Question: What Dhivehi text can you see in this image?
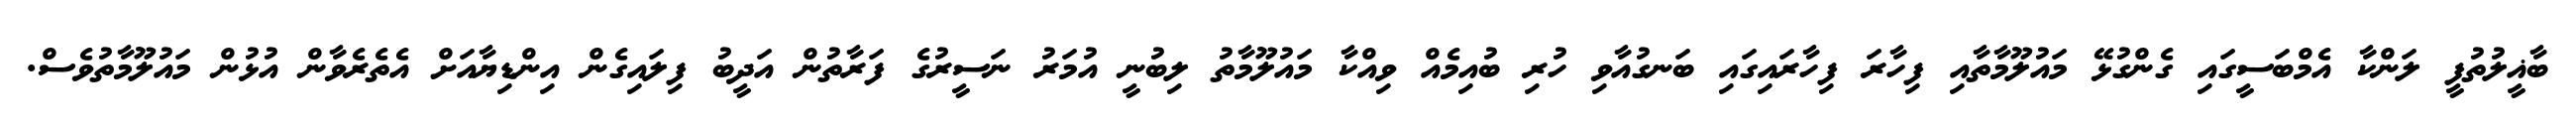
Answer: ބާޣީލުތުފީ ލަންކާ އެމްބަސީގައި ގެންގުޅޭ މައުލޫމާތާއި ފިހާރަ ފިހާރައިގައި ބަނގުއާވި ހުރި ބުއިމެއް ވިއްކާ މައުލޫމާތު ލިބުނީ އުމަރު ނަސީރުގެ ފަރާތުން އަދީބު ފިލައިގެން އިންޑިޔާއަށް އެތެރެވާން އުޅުން މައުލޫމާތުވެސް.